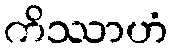
ကိဿာဟံ